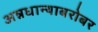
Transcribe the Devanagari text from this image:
अन्नधान्याबरोबर